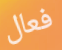
فعال